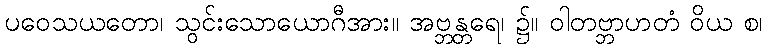
ပဝေသယတော၊ သွင်းသောယောဂီအား။ အဗ္ဘန္တရေ၊ ၌။ ဝါတဗ္ဘာဟတံ ဝိယ စ၊